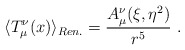
\begin{align*}\langle T_\mu^\nu(x)\rangle_{Ren.}=\frac{A_\mu^\nu(\xi,\eta^2)}{r^5} \ .\end{align*}